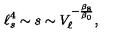
\ell _ { s } ^ { 4 } \sim s \sim V _ { \ell } ^ { - { \frac { \beta _ { 8 } } { \beta _ { 0 } } } } ,